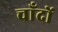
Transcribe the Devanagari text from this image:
चाँदों